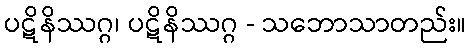
ပဋိနိဿဂ္ဂ၊ ပဋိနိဿဂ္ဂ - သဘောသာတည်း။